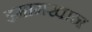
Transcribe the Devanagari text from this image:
इमामखान